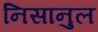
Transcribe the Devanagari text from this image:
निसानुल